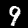
Digit: 9